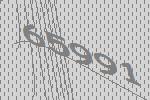
65991